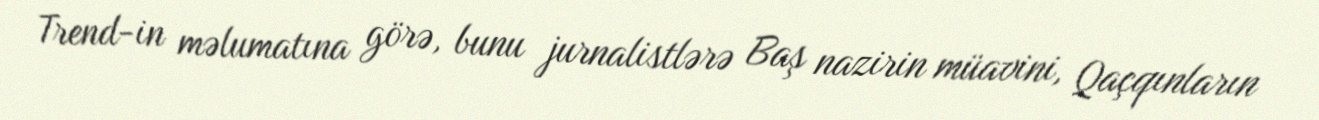
Trend-in məlumatına görə, bunu jurnalistlərə Baş nazirin müavini, Qaçqınların